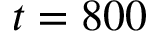
t = 8 0 0